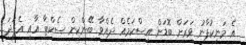
އެ މަނިކުފާނު ވަރަށް ބޮޑަށް އިސްކަމެއް ދެއްވާ ބޭންކިން ސެކްޓާ އާއި އެފަދަ